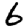
Digit: 6